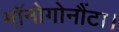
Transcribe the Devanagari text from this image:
मॉनोगोनौंटा।